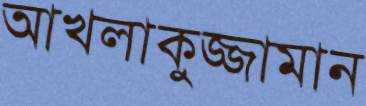
আখলাকুজ্জামান